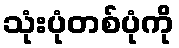
သုံးပုံတစ်ပုံကို